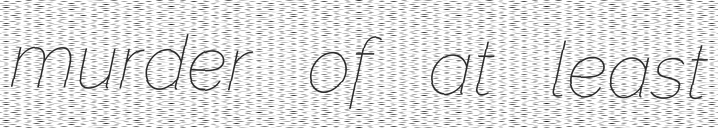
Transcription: murder of at least